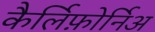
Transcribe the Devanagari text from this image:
कैर्लिफ़ोर्निअ